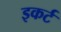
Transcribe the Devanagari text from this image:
इकर्ट